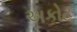
અકોટ